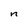
Character: n